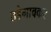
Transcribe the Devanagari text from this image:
तडेगावकर